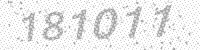
Solution: 181011